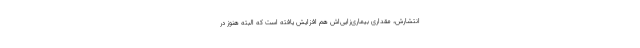
انتشارش، مقداری بیماری‌زایی‌اش هم افزایش یافته است که البته هنوز در